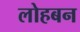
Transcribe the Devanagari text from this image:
लोहबन